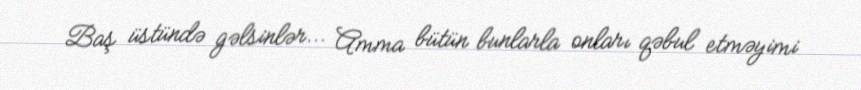
Baş üstündə gəlsinlər... Amma bütün bunlarla onları qəbul etməyimi